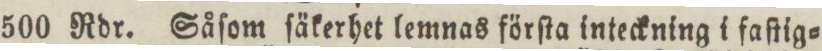
500 Rdr. Såſom ſäkerhet lemnas förſta inteckning i faſtig=